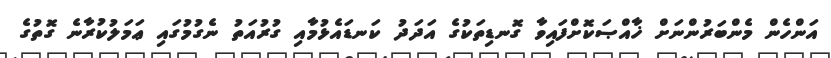
އަންހެން މެންބަރުންނަށް ޚާއްޞަކޮށްފައިވާ ގޮނޑިތަކުގެ އަދަދު ކަނޑައެޅުމާއި ގުރުއަތު ނެގުމުގައި ޢަމަލުކުރާނެ ގޮތުގެ